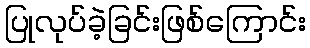
ပြုလုပ်ခဲ့ခြင်းဖြစ်ကြောင်း